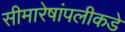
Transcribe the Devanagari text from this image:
सीमारेषांपलीकडे